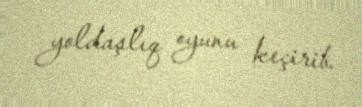
yoldaşlıq oyunu keçirib.